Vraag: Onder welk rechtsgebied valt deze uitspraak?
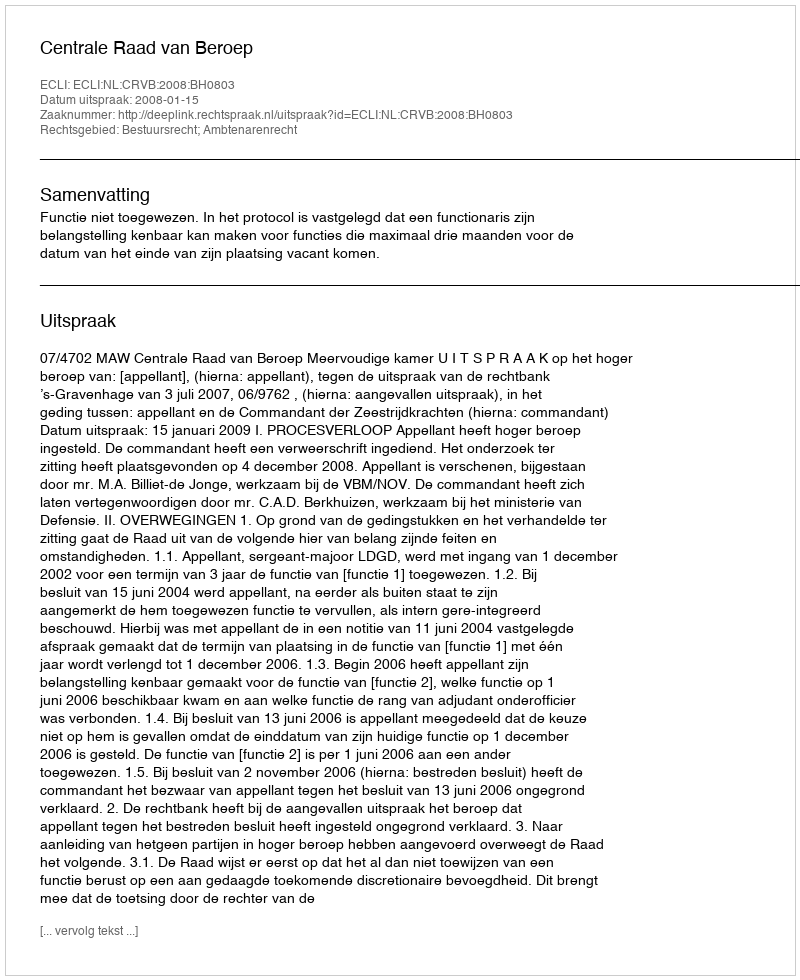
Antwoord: Bestuursrecht; Ambtenarenrecht